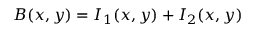
B ( x , y ) = I _ { 1 } ( x , y ) + I _ { 2 } ( x , y )